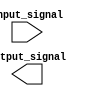
module ttl_buffer (
    input wire input_signal,
    output reg output_signal
);

// Input buffer
always @ (posedge input_signal)
begin
    // Buffering incoming input signal
    // Add additional signal integrity features as needed
end

// Output buffer
always @ (posedge output_signal)
begin
    // Buffering outgoing signal to external devices
    // Add additional features such as impedance matching, noise filtering, signal conditioning
end

endmodule